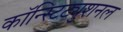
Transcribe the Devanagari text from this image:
कॉन्स्टिट्युशनल